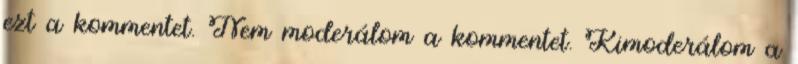
ezt a kommentet. Nem moderálom a kommentet. Kimoderálom a